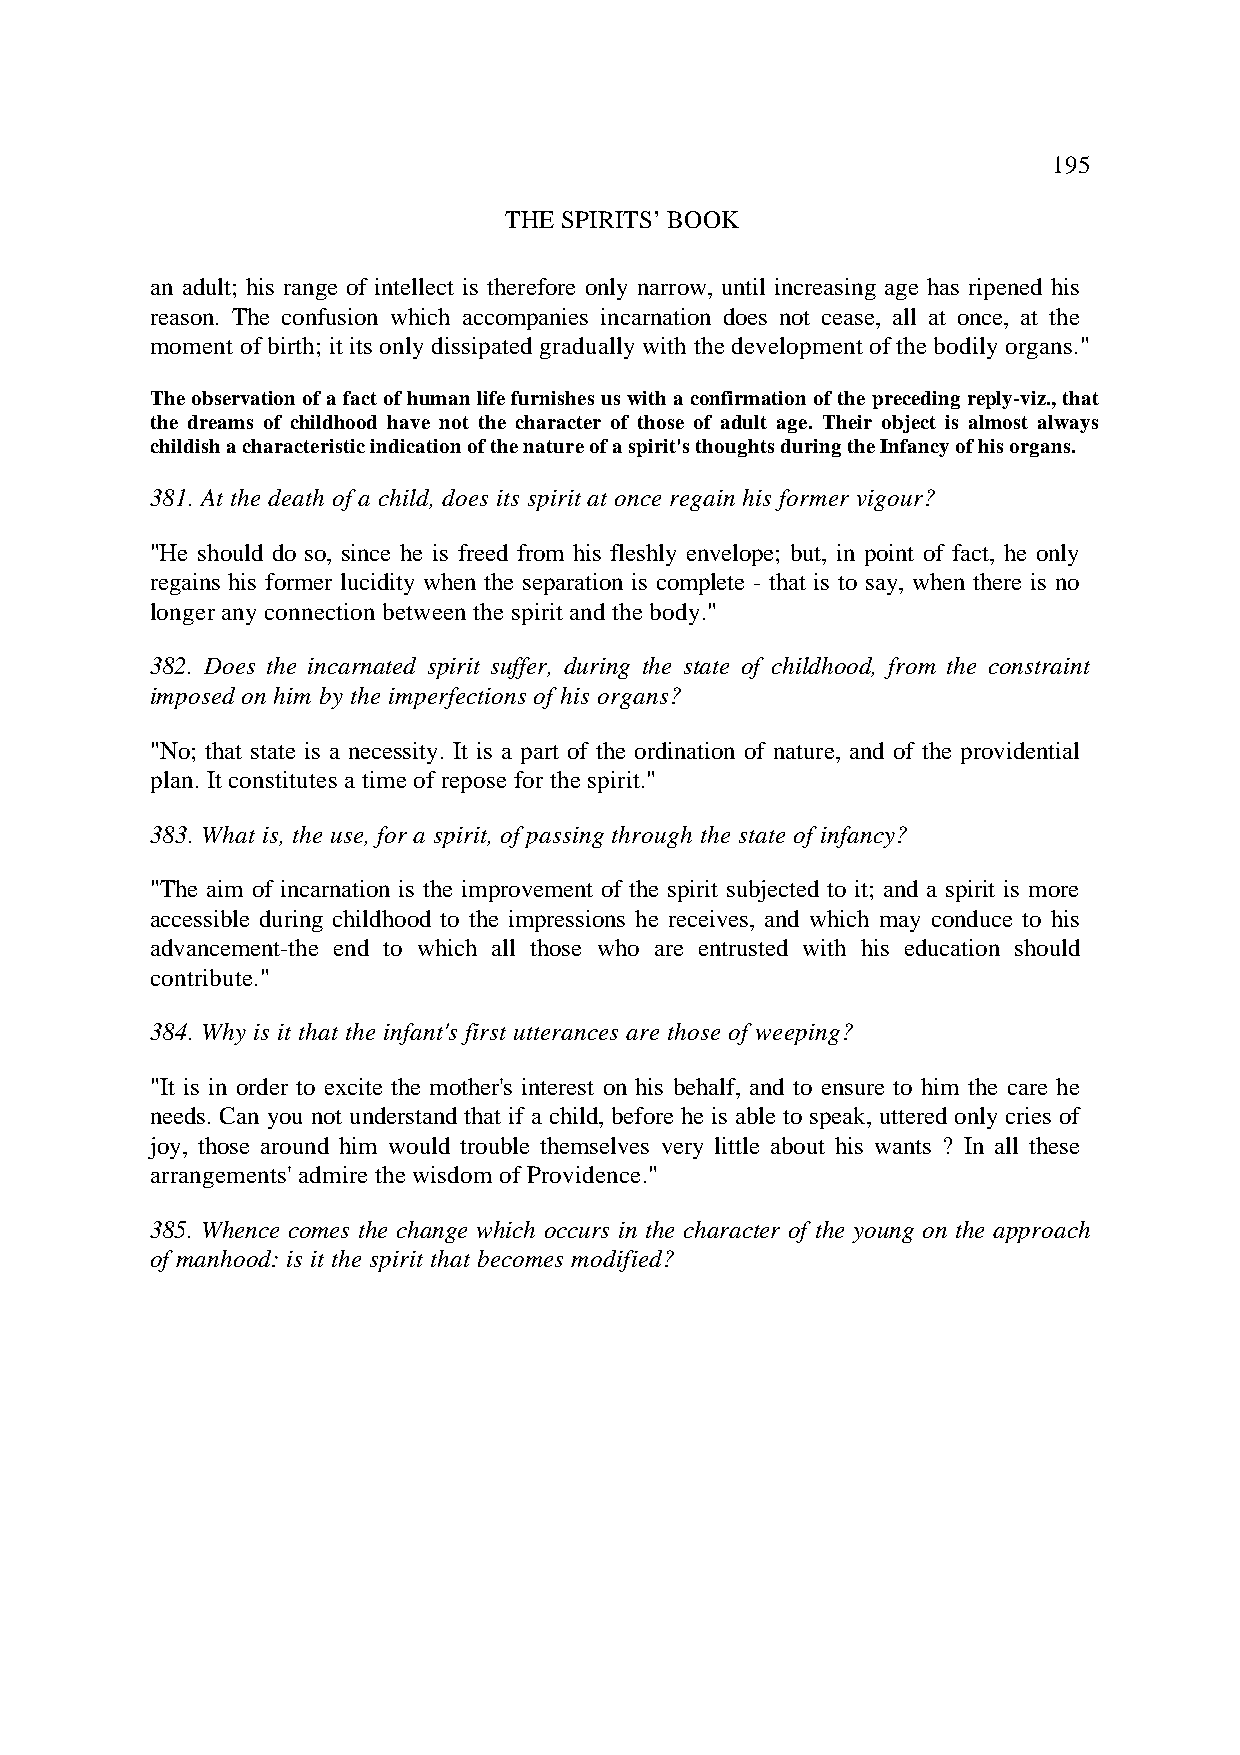
195
 THE SPIRITS’ BOOK
 an adult; his range of intellect is therefore only narrow, until increasing age has ripened his
 reason. The confusion which accompanies incarnation does not cease, all at once, at the
 moment of birth; it its only dissipated gradually with the development of the bodily organs."
 The observation of a fact of human life furnishes us with a confirmation of the preceding reply-viz., that
 the dreams of childhood have not the character of those of adult age. Their object is almost always
 childish a characteristic indication of the nature of a spirit's thoughts during the Infancy of his organs.
 381. At the death of a child, does its spirit at once regain his former vigour?
 "He should do so, since he is freed from his fleshly envelope; but, in point of fact, he only
 regains his former lucidity when the separation is complete - that is to say, when there is no
 longer any connection between the spirit and the body."
 382. Does the incarnated spirit suffer, during the state of childhood, from the constraint
 imposed on him by the imperfections of his organs?
 "No; that state is a necessity. It is a part of the ordination of nature, and of the providential
 plan. It constitutes a time of repose for the spirit."
 383. What is, the use, for a spirit, of passing through the state of infancy?
 "The aim of incarnation is the improvement of the spirit subjected to it; and a spirit is more
 accessible during childhood to the impressions he receives, and which may conduce to his
 advancement-the end to which all those who are entrusted with his education should
 contribute."
 384. Why is it that the infant's first utterances are those of weeping?
 "It is in order to excite the mother's interest on his behalf, and to ensure to him the care he
 needs. Can you not understand that if a child, before he is able to speak, uttered only cries of
 joy, those around him would trouble themselves very little about his wants ? In all these
 arrangements' admire the wisdom of Providence."
 385. Whence comes the change which occurs in the character of the young on the approach
 of manhood: is it the spirit that becomes modified?